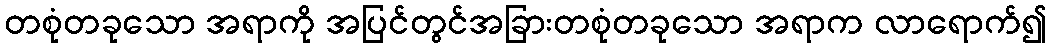
တစုံတခုသော အရာကို အပြင်တွင်အခြားတစုံတခုသော အရာက လာရောက်၍